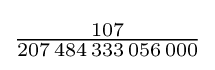
{\tfrac {107}{207\,484\,333\,056\,000}}